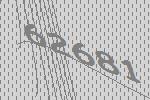
62681